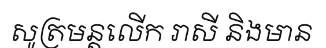
សូត្រមន្តលើក រាសី និងមាន